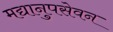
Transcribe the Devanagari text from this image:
मद्यानुपसेवन